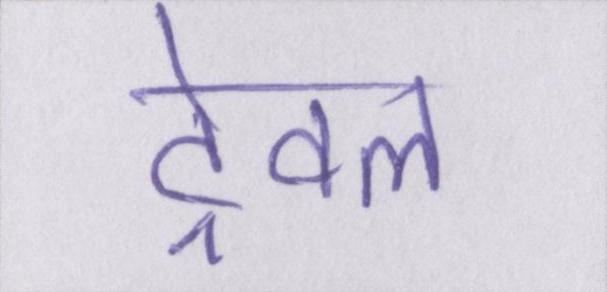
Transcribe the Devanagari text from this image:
ट्रेवल